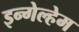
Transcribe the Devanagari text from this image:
इन्गेल्हेम